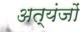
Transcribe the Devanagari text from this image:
अत्यंजों